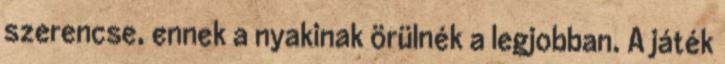
szerencse, ennek a nyakinak örülnék a legjobban. A játék